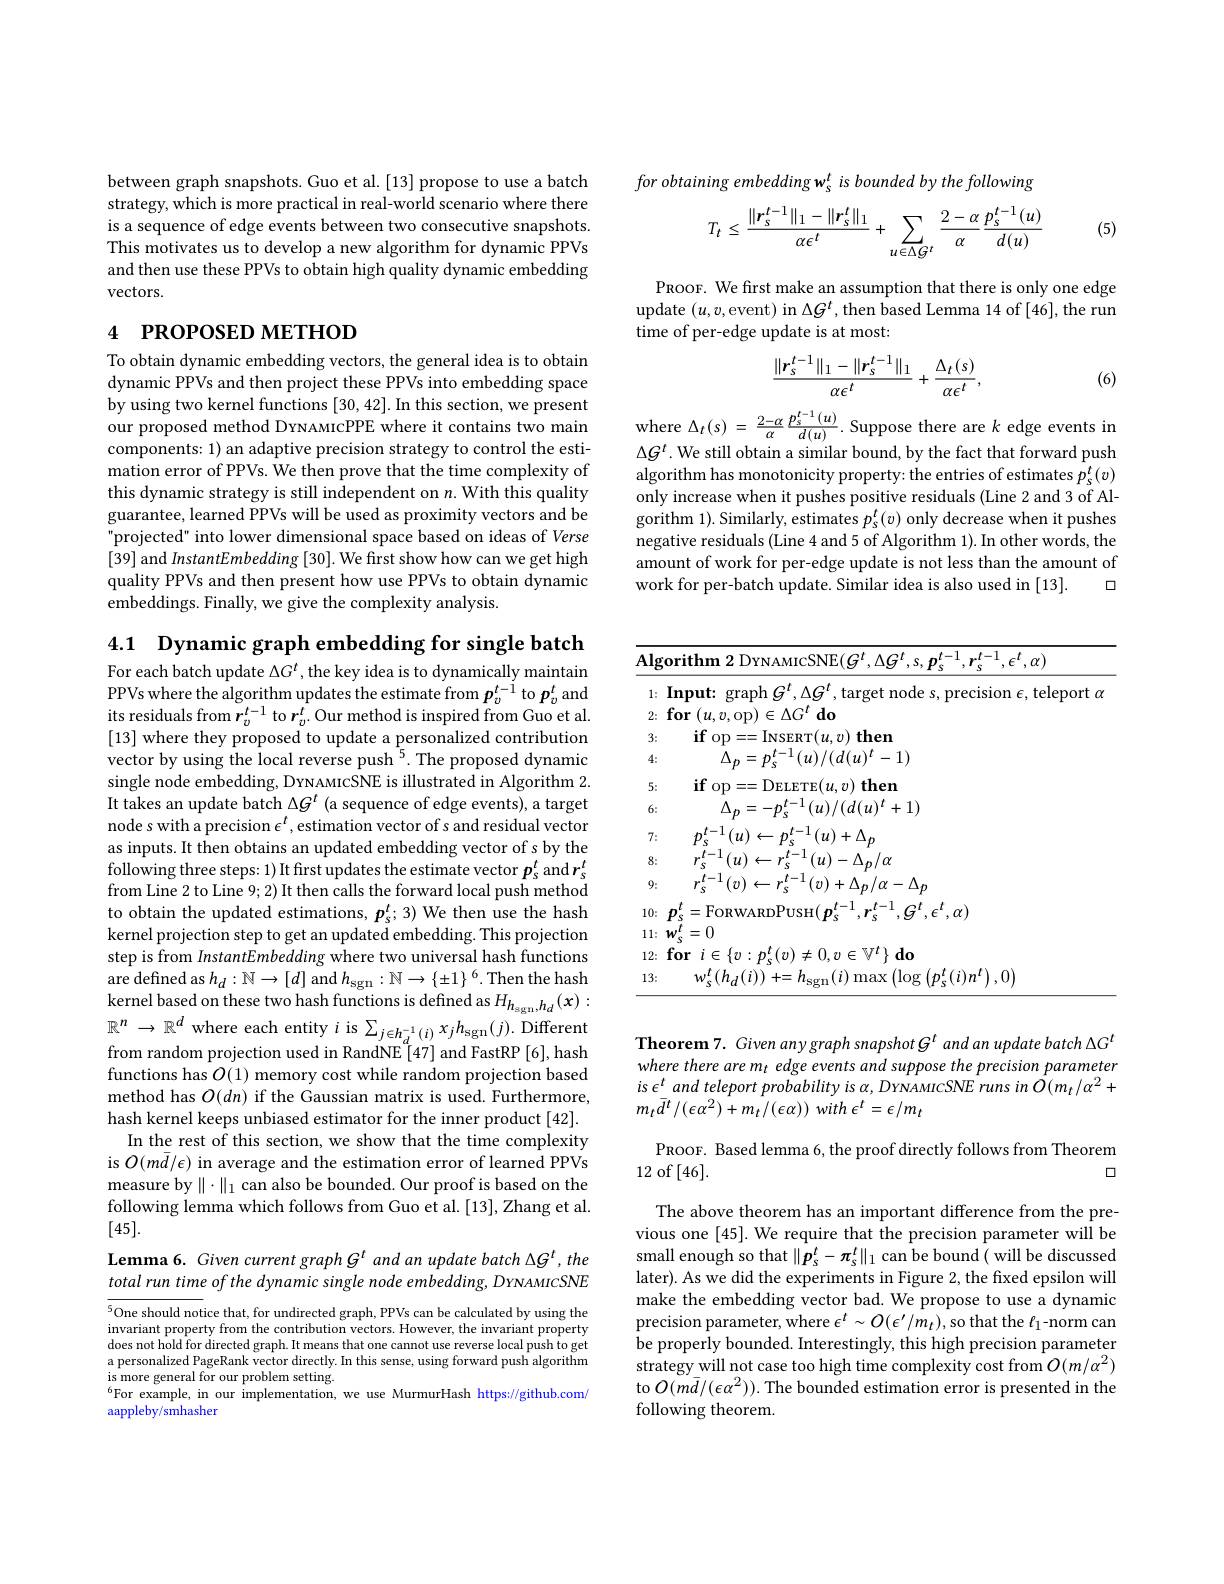
for obtaining embedding w s is bounded by the following

(5)
$$T_t\leq\frac{\|\boldsymbol{r}_s^{t-1}\|_1-\|\boldsymbol{r}_s^t\|_1}{\alpha\epsilon^t}+\sum_{u\in\Delta\mathcal{G}^t}\frac{2-\alpha}{\alpha}\frac{p_s^{t-1}(u)}{d(u)}$$
PROOF. We first make an assumption that there is only one edge update $(u,v$,event) in $\Delta G^t$,then based Lemma 14 of [46], the run time of per-edge update is at most:
$$\frac{\|r_{s}^{t-1}\|_{1}-\|r_{s}^{t-1}\|_{1}}{\alpha\epsilon^{t}}+\frac{\Delta_{t}(s)}{\alpha\epsilon^{t}},$$
(6)

where $\Delta_{t}(s)~=~\frac{2-\alpha}{\alpha}~\frac{p_{s}^{t-1}(u)}{d(u)}.~$Suppose there are $k~$edge events in $\Delta G^t$. We still obtain a similar bound, by the fact that forward push algorithm has monotonicity property: the entries of estimates $p_s^t(v)$ only increase when it pushes positive residuals (Line 2 and 3 of Algorithm 1). Similarly, estimates $p_s^t(v)$ only decrease when it pushes negative residuals (Line 4 and 5 of Algorithm 1). In other words, the amount of work for per-edge update is not less than the amount of work for per-batch update. Similar idea is also used in [13].
口

between graph snapshots. Guo et al. [13] propose to use a batch strategy, which is more practical in real-world scenario where there is a sequence of edge events between two consecutive snapshots. This motivates us to develop a new algorithm for dynamic PPVs and then use these PPVs to obtain high quality dynamic embedding vectors.

# 4 РROPOSED METHOD

To obtain dynamic embedding vectors, the general idea is to obtain dynamic PPVs and then project these PPVs into embedding space by using two kernel functions [30, 42]. In this section, we present our proposed method DrwaMicPPE where it contains two main components: 1) an adaptive precision strategy to control the estimation error of PPVs. We then prove that the time complexity of this dynamic strategy is still independent on $n.$ With this quality guarantee, learned PPVs will be used as proximity vectors and be projected" into lower dimensional space based on ideas of Verse [39] and InstantEmbedding [30]. We first show how can we get high quality PPVs and then present how use PPVs to obtain dynamic embeddings. Finally, we give the complexity analysis.

4.1 $\textbf{Dynamic graph embedding for single batch}$ For each batch update $\Delta G^t$, the key idea is to dynamically maintain PPVs where the algorithm updates the estimate from $\boldsymbol{p}_v^{t-1}$ to $\boldsymbol{p}_v^t$ and its residuals from $r_v^{t-1}$ to $r_v^t.$ Our method is inspired from Guo et al. [13] where they proposed to update a personalized contribution vector by using the local reverse push $^{5}.$ The proposed dynamic single node embedding, DrNAMIcSNE is illustrated in Algorithm 2. It takes an update batch $\Delta G^t$ (a sequence of edge events), a target node s with a precision $\epsilon^t$, estimation vector of s and residual vector as inputs. It then obtains an updated embedding vector of s by the following three steps: 1) It frst updates the estimate vector $p_s^t$ and $r_s^t$ from Line 2 to Line 9; 2) It then calls the forward local push method to obtain the updated estimations, $\boldsymbol{p}_s^t;3)$ We then use the hash kernel projection step to get an updated embedding. This projection step is from InstantEmbedding where two universal hash functions are defined as $h_d:\mathbb{N}\to[d]$ and $h_\mathrm{sgn}: \mathbb{N} \to \{ \pm 1\} ^6.$ Then the hash kernel based on these two hash functions is defined as $H_{h_\mathrm{sgn},h_d}(x):$ $\mathbb{R}^n\to\mathbb{R}^d$ where each entity $i$ is $\sum_j\in h_d^{-1}(i)x_jh_{\mathrm{sgn}}(j).$ Different from random projection used in RandNE [47] and FastRP [6], hash functions has $O(1)$ memory cost while random projection based method has $O(dn)$ if the Gaussian matrix is used. Furthermore, hash kernel keeps unbiased estimator for the inner product [42].
In the rest of this section, we show that the time complexity is $O(m\bar{d}/\epsilon)$ in average and the estimation error of learned PPVs measure by $\|\cdot\|_1$ can also be bounded. Our proof is based on the following lemma which follows from Guo et al. [13], Zhang et al. [45].
Lemma 6. Given current graph $G^t$ and an update batch $\Delta G^t,the$

total run time of the dynamic single node embedding, DYNAMICSNE

$^{5}$One should notice that, for undirected graph, PPVs can be calculated by using the invariant property from the contribution vectors. However, the invariant property does not hold for directed graph. It means that one cannot use reverse local push to get $a$ personalized PageRank vector directly. In this sense, using forward push algorithm is more general for our problem setting.
$^{6}$For example, in our implementation, we use MurmurHash https://github.com/
aappleby/smhasher

<table>
	<tbody>
		<tr>
			<td>Alg</td>
			<td>$,\epsilon^{I},\alpha)$ rorithm $\|\mathbf{YNA}$ ICSNE( $(\tau^{\prime})$ $\Lambda(\tau^{\boldsymbol{\iota}}$</td>
		</tr>
		<tr>
			<td>1:</td>
			<td>$10rT$ 1</td>
		</tr>
		<tr>
			<td>2:</td>
			<td>$\textbf{for}\left ( u, v, \mathrm{op}\right ) \in \Delta G^{t}\textbf{do}$</td>
		</tr>
		<tr>
			<td>3:</td>
			<td>$\mathbf{if}_{\mathrm{op}}$ ==INSERT$(u,v)$ then</td>
		</tr>
		<tr>
			<td>4:</td>
			<td>$(u)/(d(u)^{t}-1)$</td>
		</tr>
		<tr>
			<td>5:</td>
			<td>$\textbf{if }_{0}$ $={\mathrm{DELETE}}(u,v)$ then</td>
		</tr>
		<tr>
			<td>6:</td>
			<td>$\iota)/(d(u)^{t}+1)$</td>
		</tr>
		<tr>
			<td>7:</td>
			<td>$-1(u)$ $_{s}^{t-1}(u)+\Delta_{p}$</td>
		</tr>
		<tr>
			<td>8:</td>
			<td>$(u)-\Delta_{p}/\alpha$</td>
		</tr>
		<tr>
			<td>9:</td>
			<td>$(v)+\Delta_{p}/\alpha-\Delta_{p}$</td>
		</tr>
		<tr>
			<td>12:</td>
			<td>for $11,r$ $=\left.{\mathbb{V}^{t}}\right\}$do 16</td>
		</tr>
		<tr>
			<td>13:</td>
			<td>$(h,(i)$ $(\log\left(p_{a}^{t}(i)n^{t}\right).0)$</td>
		</tr>
	</tbody>
</table>

Theorem 7. Given any graph snapshot G and an update batch $\Delta G^{t}$ where there are m edge events and suppose the precision parameter $is$ $\epsilon ^{t}$ and teleport probability $is$ $\alpha $, DrNAMIcSNE runs $in$ $\dot{O} ( m_{t}/ \alpha ^{2}+$ $m_{t}\bar{d} ^{t}/ ( \epsilon \alpha ^{2}) + m_{t}/ ( \epsilon \alpha ) )$ with $\epsilon ^{t}= \epsilon / m_{t}$

PROOF. Based lemma 6, the proof directly follows from Theorem
12 of[46].
口

The above theorem has an important difference from the previous one [45]. We require that the precision parameter will be small enough so that $\|\boldsymbol{p}_s^t-\boldsymbol{\pi}_s^t\|_1$ can be bound ( will be discussed later). As we did the experiments in Figure 2, the fixed epsilon will make the embedding vector bad. We propose to use a dynamic precision parameter, where $\epsilon^t\sim O(\epsilon^{\prime}/m_{t})$, so that the $\ell_1$-norm can be properly bounded. Interestingly, this high precision parameter strategy will not case too high time complexity cost from $O(m/\alpha^{2})$ to $O(m\bar{d}/(\epsilon\alpha^{2})).$ The bounded estimation error is presented in the following theorem.